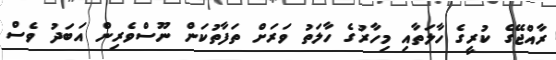
ރާއްޖޭގެ ކުރީގެ ހާލަތާއި މިހާރުގެ ހާލަތު ވަރަށް ތަފާތުކަން ނޫސްވެރިން އަބަދު ވެސް